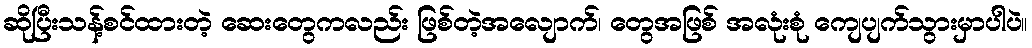
ဆိုပြီးသန့်စင်ထားတဲ့ ဆေးတွေကလည်း ဖြစ်တဲ့အလျောက်၊ တွေအဖြစ် အလုံးစုံ ကျေပျက်သွားမှာပါပဲ။